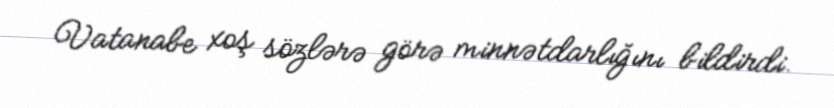
Vatanabe xoş sözlərə görə minnətdarlığını bildirdi.